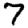
Digit: 7